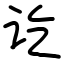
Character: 讫